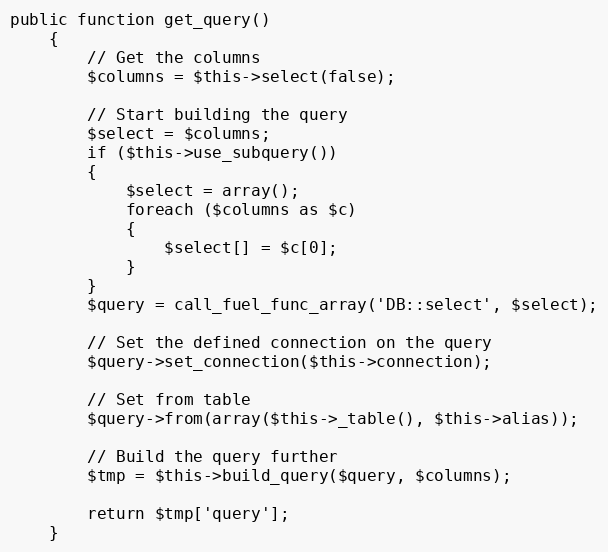
Language: PHP
public function get_query()
	{
		// Get the columns
		$columns = $this->select(false);

		// Start building the query
		$select = $columns;
		if ($this->use_subquery())
		{
			$select = array();
			foreach ($columns as $c)
			{
				$select[] = $c[0];
			}
		}
		$query = call_fuel_func_array('DB::select', $select);

		// Set the defined connection on the query
		$query->set_connection($this->connection);

		// Set from table
		$query->from(array($this->_table(), $this->alias));

		// Build the query further
		$tmp = $this->build_query($query, $columns);

		return $tmp['query'];
	}